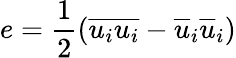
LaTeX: e=\frac{1}{2}(\overline{{u_{i}u_{i}}}-\overline{{u}}_{i}\overline{{u}}_{i})